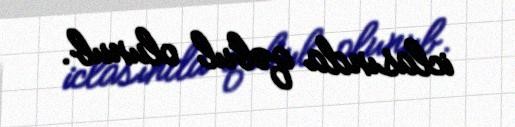
iclasında qəbul olunub.